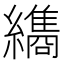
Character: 𮉖